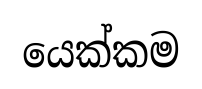
යෙක්කම